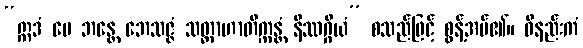
“ဣဒံ မေ ဘန္တေ ဘေသဇ္ဇံ သတ္တာဟာတိက္ကန္တံ နိဿဂ္ဂိယံ” စသည်ဖြင့် စွန့်အပ်၏။ ဝိနည်းကံ